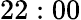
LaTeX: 22:00